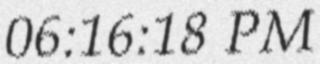
06:16:18 PM